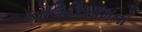
કોલિઝિયમનો